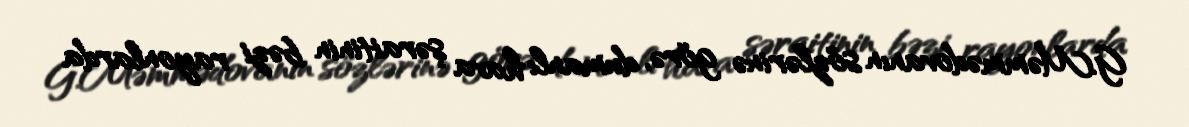
G.Məmmədovanın sözlərinə görə, dumanlı hava şəraitinin bəzi rayonlarda